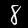
Digit: 8